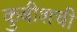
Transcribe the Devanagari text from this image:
कुबीशची